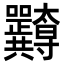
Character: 𭍖